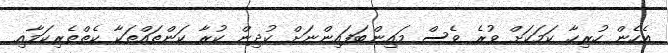
އެހެން ހުރިހާ ކަމަކަށް ވުރެ ވެސް މައިންބަފައިންނަށް ކުދިން ކުރާ ކަންތައްތަކާ ކެތްތެރިކަމާއި